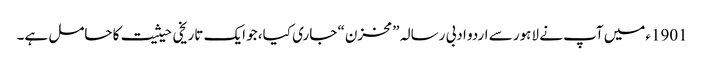
1901ءمیں آپ نے لاہور سے اردو ادبی رسالہ ”مخزن“ جاری کیا، جو ایک تاریخی حیثیت کا حامل ہے۔